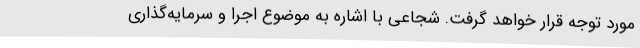
مورد توجه قرار خواهد گرفت. شجاعی با اشاره به موضوع اجرا و سرمایه‌گذاری